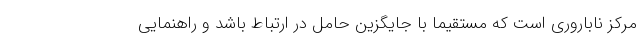
مرکز ناباروری است که مستقیما با جایگزین حامل در ارتباط باشد و راهنمایی